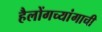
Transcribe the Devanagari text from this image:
हैलोंगच्यांगाची